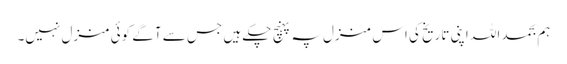
ہم بحمد اللہ اپنی تاریخ کی اس منزل پہ پہنچ چکے ہیں جس سے آگے کوئی منزل نہیں۔